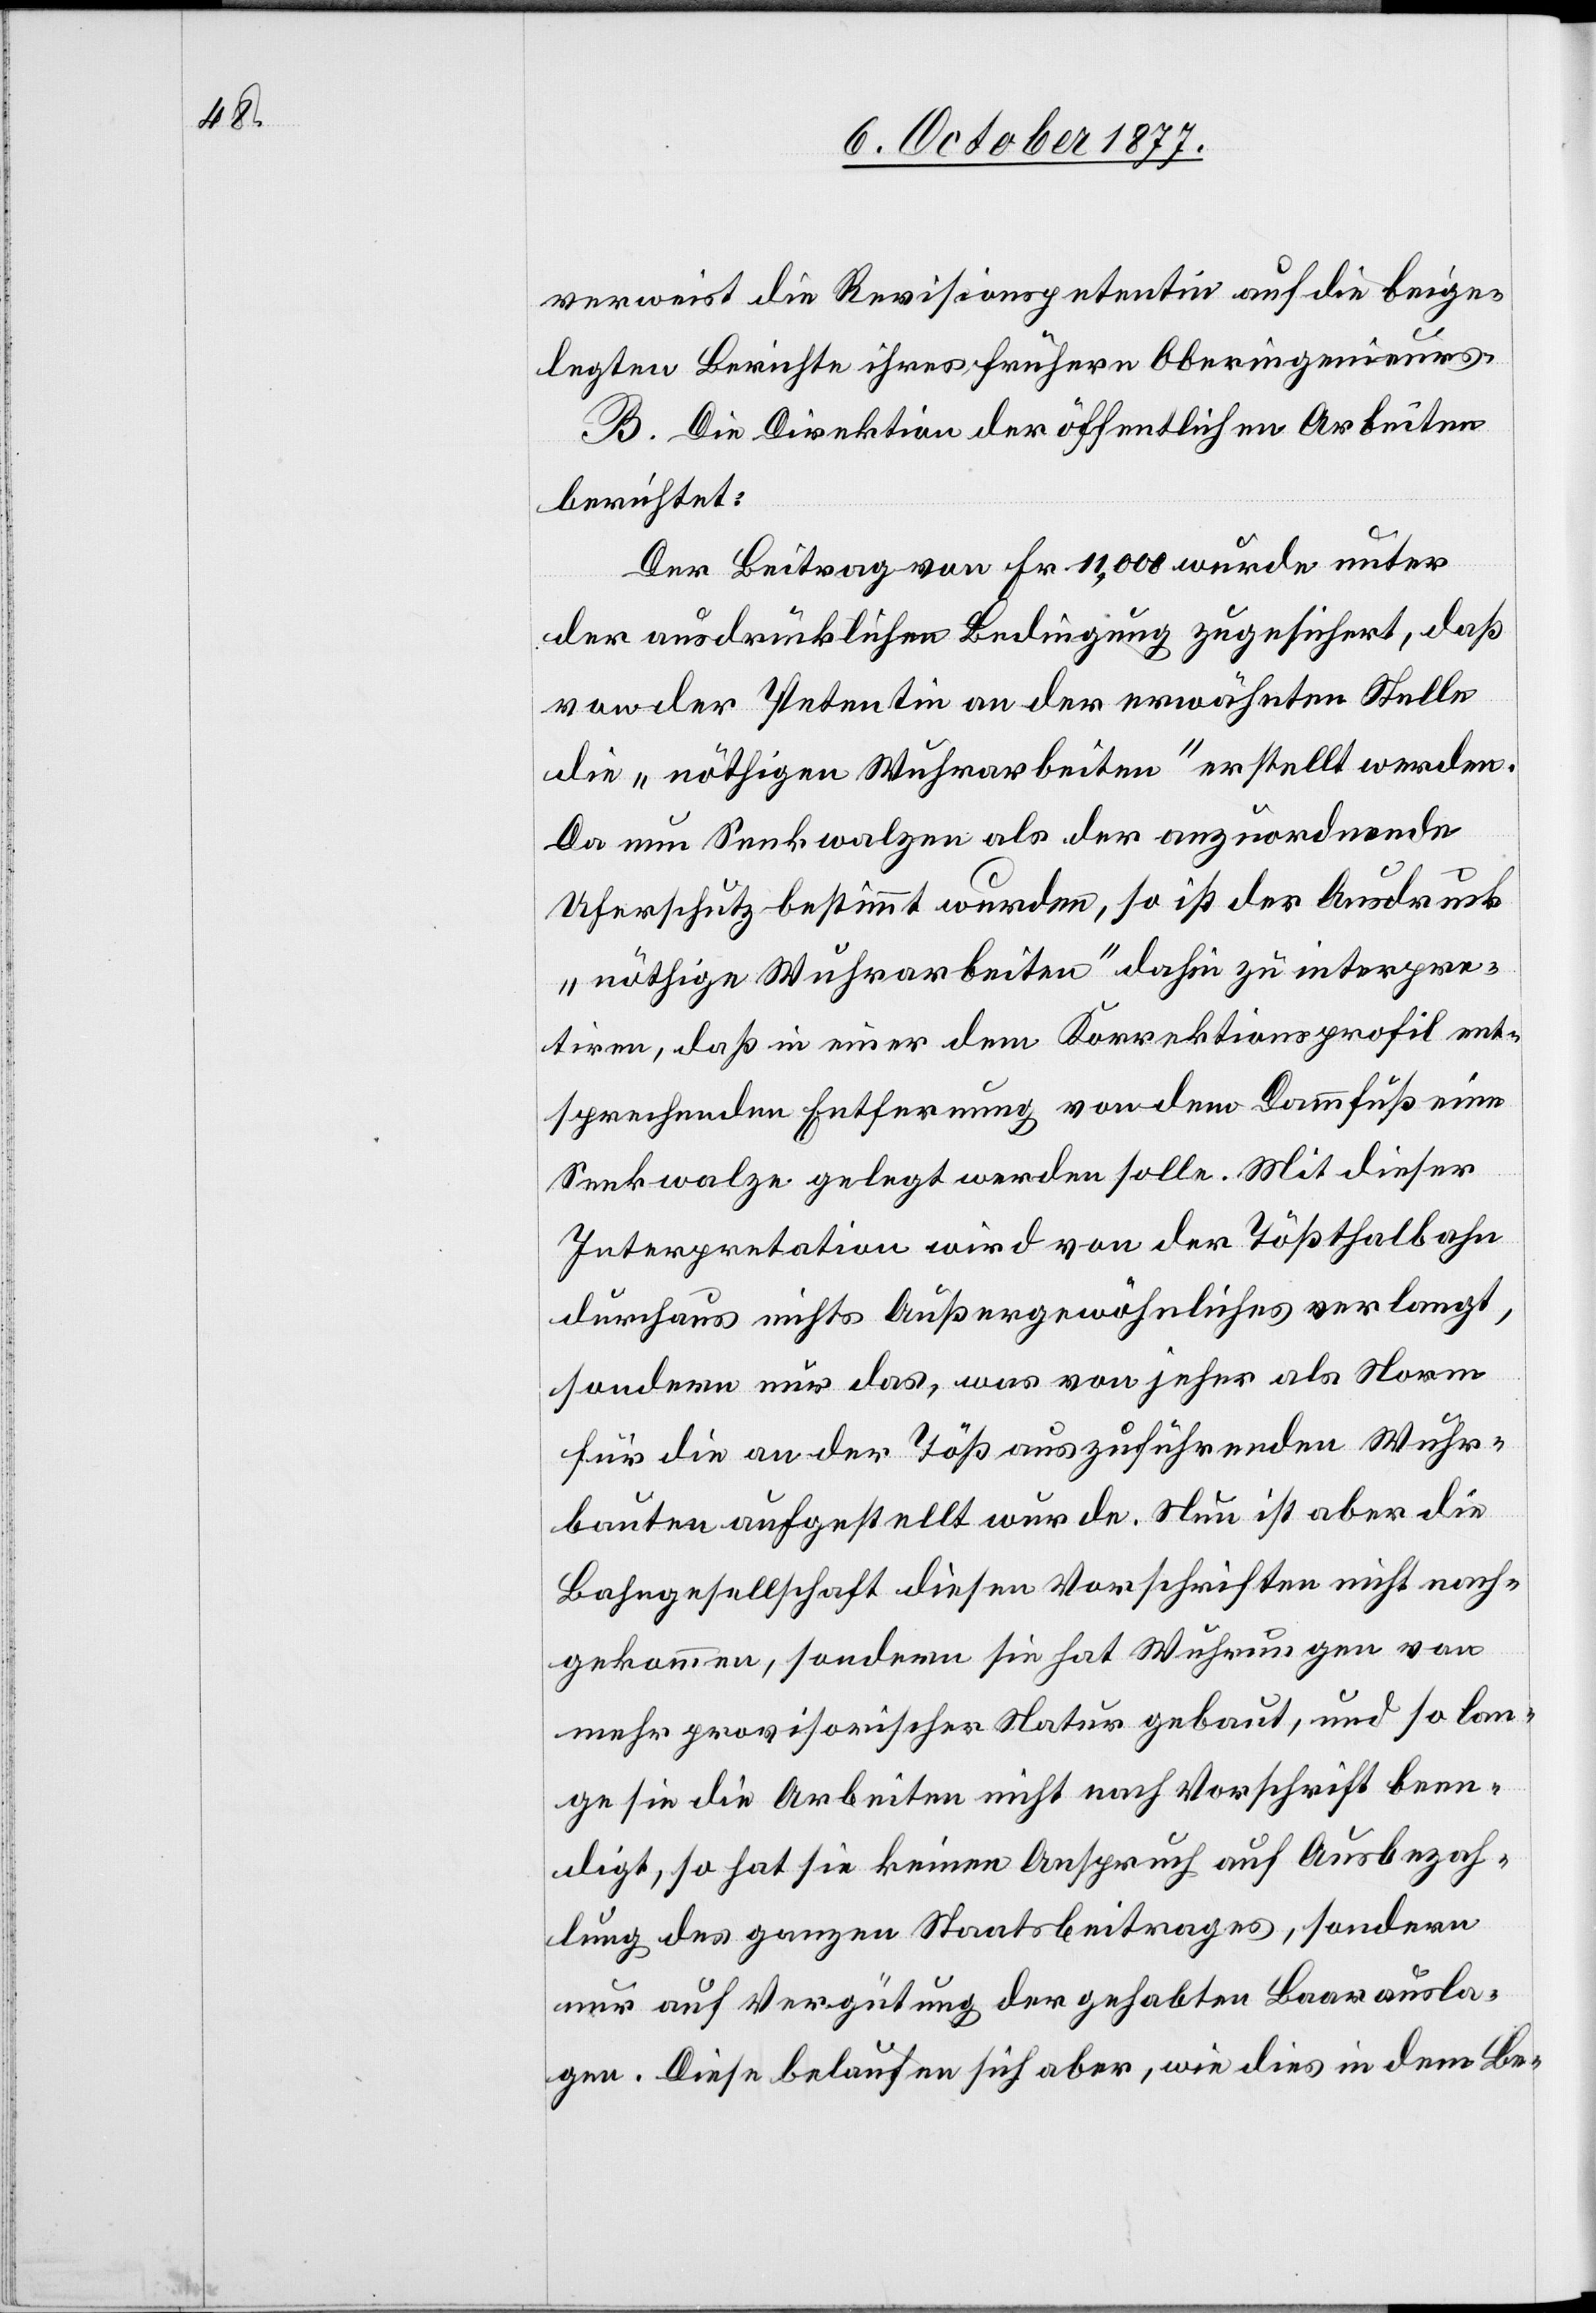
verweist die Revisionspetentin auf die beige¬
legten Berichte ihres frühern Oberingenieurs.
B. Die Direktion der öffentlichen Arbeiten
berichtet:
Der Beitrag von Fr. 11,000 wurde unter
der ausdrücklichen Bedingung zugesichert, daß
von der Petentin an der erwähnten Stelle
die „nöthigen Wuhrarbeiten“ erstellt werden.
Da nun Senkwalzen als der anzuordnende
Uferschutz bestimmt wurden, so ist der Ausdruck
„nöthige Wuhrarbeiten“ dahin zu interpre¬
tiren, daß in einer dem Korrektionsprofil ent¬
sprechenden Entfernung von dem Dammfuß eine
Senkwalze gelegt werden solle. Mit dieser
Interpretation wird von der Tößthalbahn
durchaus nichts Außergewöhnliches verlangt,
sondern nur das, was von jeher als Norm
für die an der Töß auszuführenden Wuhr¬
bauten aufgestellt wurde. Nun ist aber die
Bahngesellschaft diesen Vorschriften nicht nach¬
gekommen, sondern sie hat Wuhrungen von
mehr provisorischer Natur gebaut, und so lan¬
ge sie die Arbeiten nicht nach Vorschrift been¬
digt, so hat sie keinen Anspruch auf Ausbezah¬
lung des ganzen Staatsbeitrages, sondern
nur auf Vergütung der gehabten Baarausla¬
gen. Diese belaufen sich aber, wie dies in dem Be-